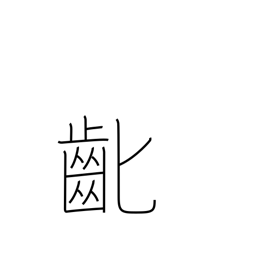
Meaning: losing baby teeth